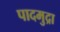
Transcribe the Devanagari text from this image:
पादमुद्रा